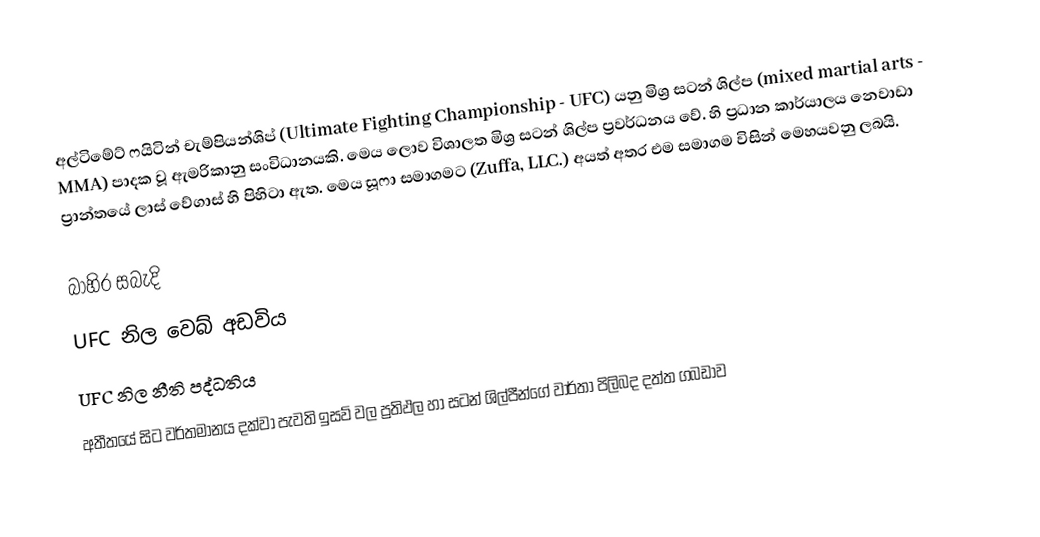
අල්ටිමේට් ෆයිටින් චැම්පියන්ශිප් (Ultimate Fighting Championship - UFC) යනු මිශ්‍ර සටන් ශිල්ප (mixed martial arts - MMA) පාදක වූ ඇමරිකානු සංවිධානයකි. මෙය ලොව විශාලත  මිශ්‍ර සටන් ශිල්ප ප්‍රවර්ධනය වේ. හි ප්‍රධාන කාර්යාලය නෙවාඩා ප්‍රාන්තයේ ලාස් වේගාස් හි පිහිටා ඇත.  මෙය සූෆා සමාගමට (Zuffa, LLC.) අයත් අතර එම සමාගම විසින් මෙහයවනු ලබයි.

බාහිර සබැදි
 UFC නිල වෙබ් අඩවිය
 UFC නිල නීති පද්ධතිය
 අතීතයේ සිට වර්තමානය දක්වා පැවති ඉසව් වල ප්‍රතිඵල හා සටන් ශිල්පීන්ගේ වාර්තා පිලිබද දත්ත ගබඩාව